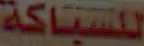
للسباكة